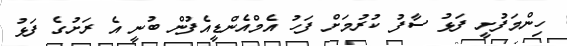
ހިންމަފުށީ ފަޅު ސާފު ކުރުމަށް ފަހު އެމްއެންޑީއެފުން ބުނީ އެ ރަށުގެ ފަޅު